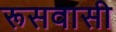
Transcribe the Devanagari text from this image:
रूसवासी